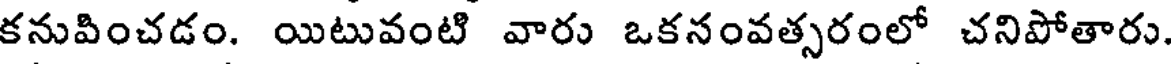
కనువించడం. యిటువంటి వారు ఒకనంవత్సరంలో చనిపోతారు.